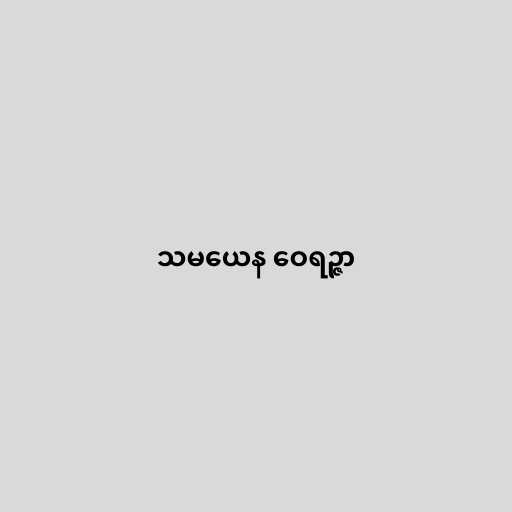
သမယေန ဝေရဉ္ဇာ